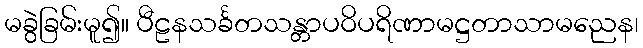
မခွဲခြမ်းမူ၍။ ပီဠနသင်္ခတသန္တာပဝိပရိဏာမဋ္ဌတာသာမညေန၊